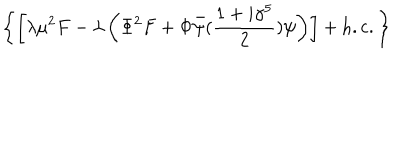
LaTeX: \left\{ \left[ \lambda \mu ^ { 2 } F - \lambda \left( \Phi ^ { 2 } F + \Phi \bar { \psi } ( { \frac { 1 + i \gamma ^ { 5 } } { 2 } } ) \psi \right) \right] + \mathrm { h . c . } \, \right\}